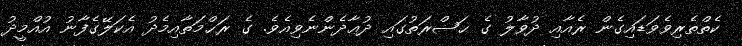
ކެތްތެރިވެވަޑައިގެން ރެއާއި ދުވާލު ގެ ޙަޟްރަތުގައި ދުޢާދެންނެވިއެވެ. ގެ ރަޙްމަތާއިމެދު އެކަލޭގެފާނު އުއްމީދު